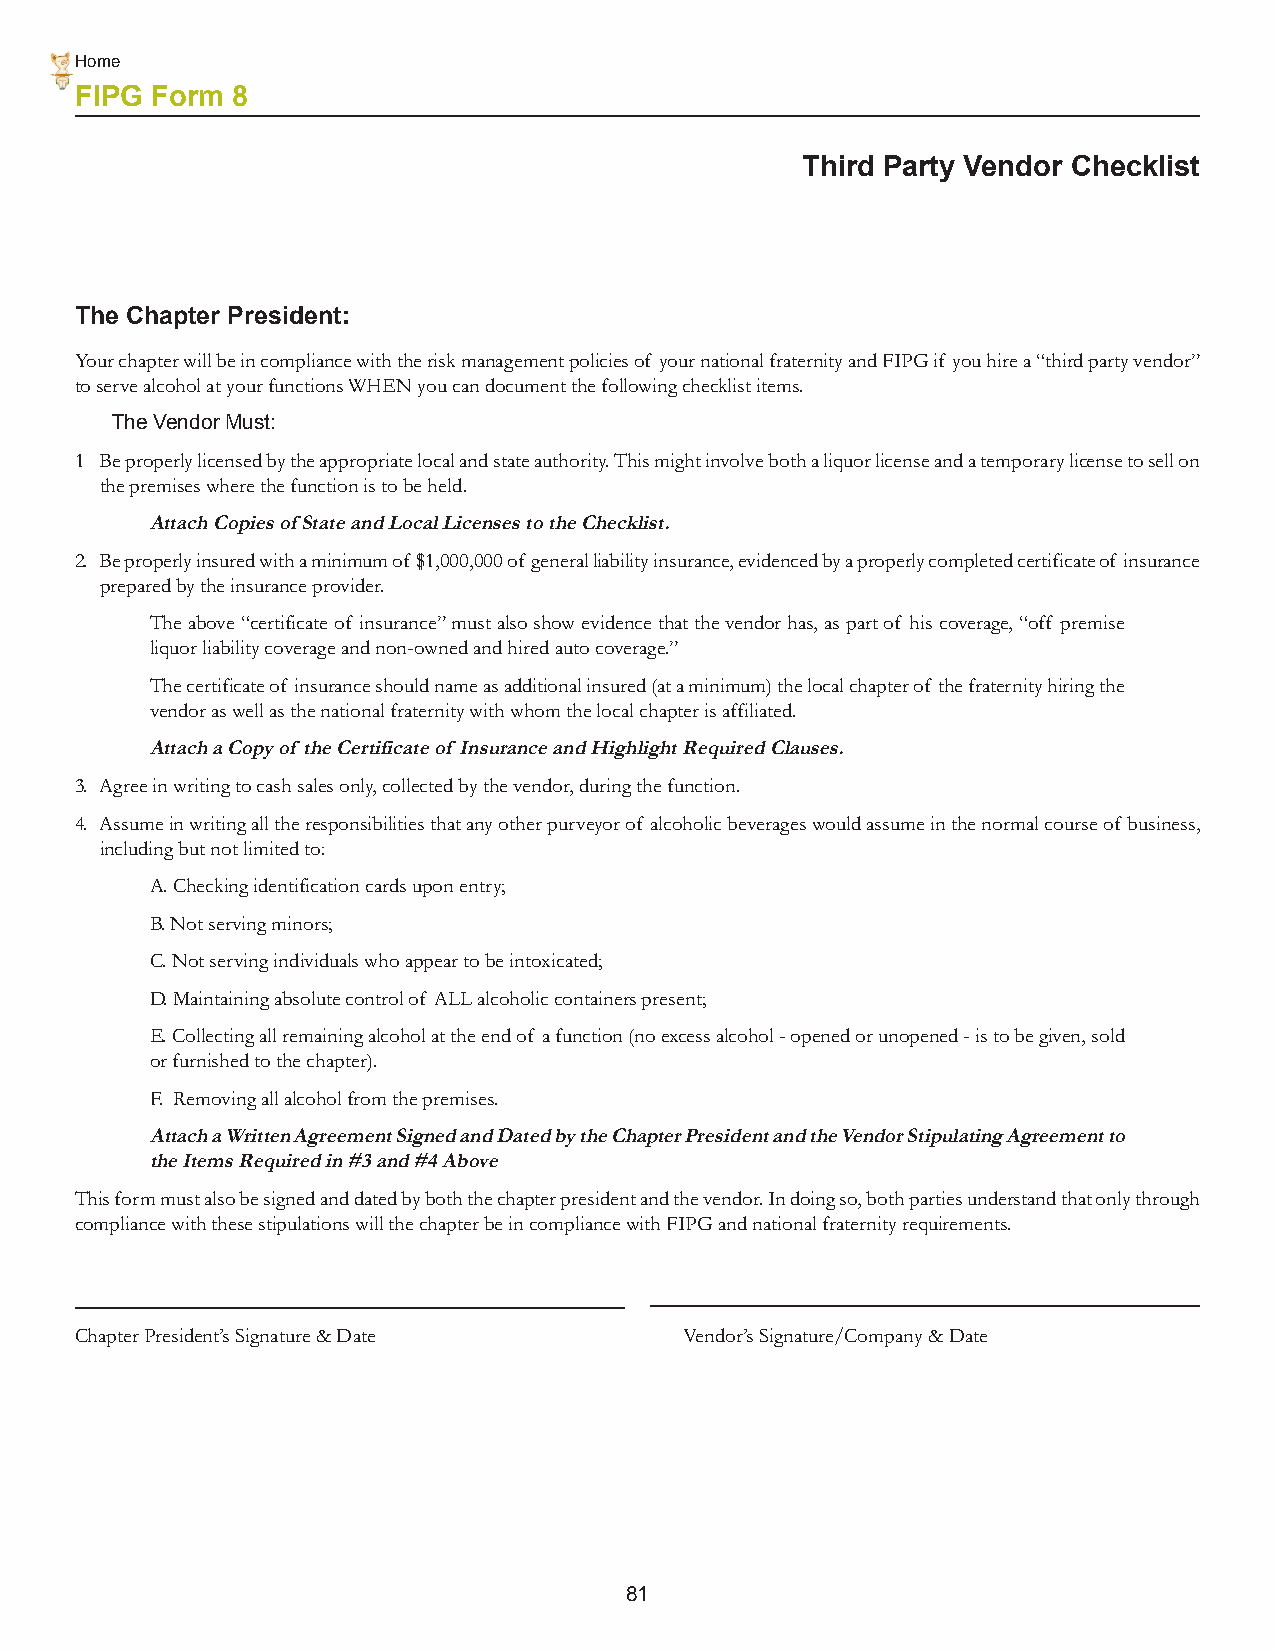
Home
 FIPG Form 8
 Third Party Vendor Checklist
 The Chapter President:
 Your chapter will be in compliance with the risk management policies of your national fraternity and FIPG if you hire a “third party vendor”
 to serve alcohol at your functions WHEN you can document the following checklist items.
 The Vendor Must:
 1 Be properly licensed by the appropriate local and state authority. This might involve both a liquor license and a temporary license to sell on
 the premises where the function is to be held.
 Attach Copies of State and Local Licenses to the Checklist.
 2. Be properly insured with a minimum of $1,000,000 of general liability insurance, evidenced by a properly completed certificate of insurance
 prepared by the insurance provider.
 The above “certificate of insurance” must also show evidence that the vendor has, as part of his coverage, “off premise
 liquor liability coverage and non-owned and hired auto coverage.”
 The certificate of insurance should name as additional insured (at a minimum) the local chapter of the fraternity hiring the
 vendor as well as the national fraternity with whom the local chapter is affiliated.
 Attach a Copy of the Certificate of Insurance and Highlight Required Clauses.
 3. Agree in writing to cash sales only, collected by the vendor, during the function.
 4. Assume in writing all the responsibilities that any other purveyor of alcoholic beverages would assume in the normal course of business,
 including but not limited to:
 A. Checking identification cards upon entry;
 B. Not serving minors;
 C. Not serving individuals who appear to be intoxicated;
 D. Maintaining absolute control of ALL alcoholic containers present;
 E. Collecting all remaining alcohol at the end of a function (no excess alcohol - opened or unopened - is to be given, sold
 or furnished to the chapter).
 F. Removing all alcohol from the premises.
 Attach a Written Agreement Signed and Dated by the Chapter President and the Vendor Stipulating Agreement to
 the Items Required in #3 and #4 Above
 This form must also be signed and dated by both the chapter president and the vendor. In doing so, both parties understand that only through
 compliance with these stipulations will the chapter be in compliance with FIPG and national fraternity requirements.
 Chapter President’s Signature & Date    Vendor’s Signature/Company & Date
 81